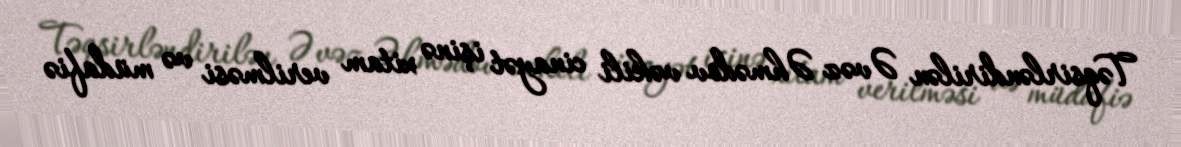
Təqsirləndirilən Əvəz Əhmədov vəkili cinayət işinə xitam verilməsi və müdafiə